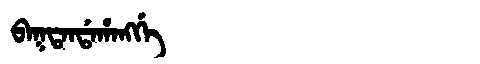
Manchu: ᠪᠠᡴᡨᠠᠨᡩᠠᡥᠠᠩᡤᡝ
Romanization: BAKTANDAHANGGE